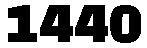
1440